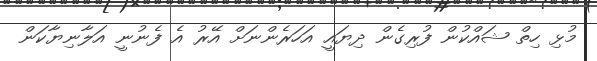
މުޅި ހިތް ޝައްކުން ފުރިގެން ދިޔައީ އަހަރެންނަށް އޭރު އެ ފެނުނީ އަލާނިޔާކަން